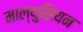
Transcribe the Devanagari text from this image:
माल्थुसियन